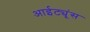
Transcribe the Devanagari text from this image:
आईट्यूंस